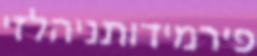
פירמידותניהלזי